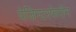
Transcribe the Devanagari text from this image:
पेजिन्टरफेरॉन